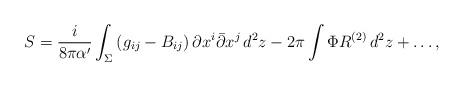
LaTeX: \begin{align*}S = \frac i{8\pi\alpha^\prime}\int_\Sigma\left(g_{ij}-B_{ij} \right)\partial x^i\bar\partial x^j\,d^2z -2\pi\int\Phi R^{(2)}\,d^2z+\ldots, \end{align*}